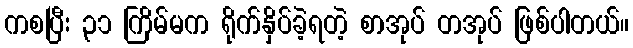
ကစပြီး ၃၁ ကြိမ်မက ရိုက်နှိပ်ခဲ့ရတဲ့ စာအုပ် တအုပ် ဖြစ်ပါတယ်။